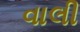
વાલી